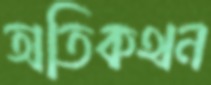
অতিকথন